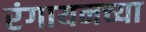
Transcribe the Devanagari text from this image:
रंगायनच्या